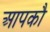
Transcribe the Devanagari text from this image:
आपकौ